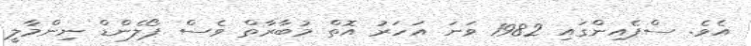
އެވެ. ސްޕެއިންގައި 1982 ވަނަ އަހަރު އޮތް މުބާރާތް ވެސް ޕޯލެންޑް ނިންމާލީ